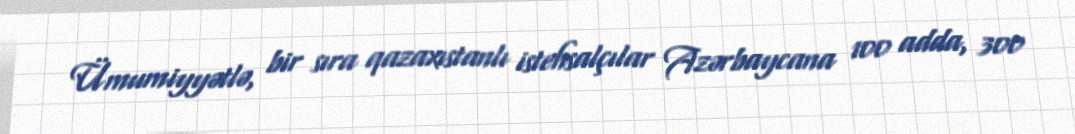
Ümumiyyətlə, bir sıra qazaxıstanlı istehsalçılar Azərbaycana 100 adda, 300